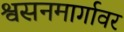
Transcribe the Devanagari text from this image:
श्वसनमार्गावर